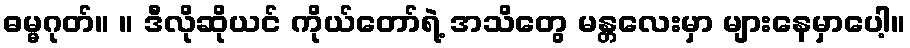
ဓမ္မဂုတ်။ ။ ဒီလိုဆိုယင် ကိုယ်တော်ရဲ့ အသိတွေ မန္တလေးမှာ များနေမှာပေါ့။